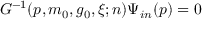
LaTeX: G ^ { - 1 } ( p , m _ { 0 } , g _ { 0 } , \xi ; n ) \Psi _ { i n } ( p ) = 0